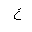
Letter: _ayn